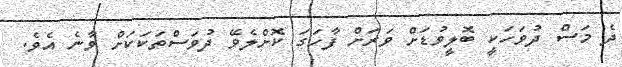
ދެ މަސް ދުވަހަކީ ބޮލީވުޑަށް ވަރަށް ފާހަގަ ކޮށްލެވޭ ދުވަސްތަކަކަށް ވާނެ އެވެ.